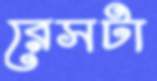
রেসটা